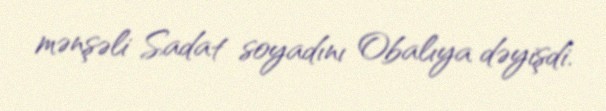
mənşəli Sadat soyadını Obalıya dəyişdi.